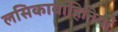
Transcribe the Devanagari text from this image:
लसिकावाहिनियाँ